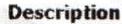
DESCRIPTION